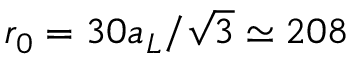
r _ { 0 } = 3 0 a _ { L } / \sqrt { 3 } \simeq 2 0 8